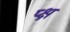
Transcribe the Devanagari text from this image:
प्क्ष